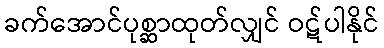
ခက်အောင်ပုစ္ဆာထုတ်လျှင် ဝဋ်ပါနိုင်